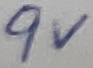
Text: 9V